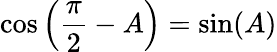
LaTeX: \cos\left({\frac{\pi}{2}}-A\right)=\sin(A)